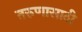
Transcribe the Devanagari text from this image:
तरुणासाठी